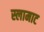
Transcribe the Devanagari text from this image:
स्लामाट